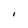
Character: I